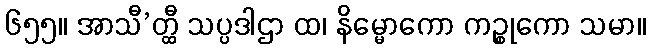
၆၅၅။ အာသီ’တ္ထီ သပ္ပဒါဌာ ထ၊ နိမ္မောကော ကဉ္စုကော သမာ။